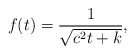
\begin{align*}f(t)=\frac{1}{\sqrt{c^2t+k}},\end{align*}